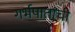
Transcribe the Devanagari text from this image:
गर्भपातांची